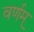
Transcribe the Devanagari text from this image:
वर्णम्